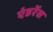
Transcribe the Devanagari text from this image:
एंडरेंस